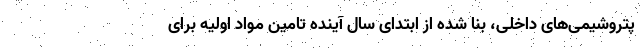
پتروشیمی‌های داخلی، بنا شده از ابتدای سال آینده تامین مواد اولیه برای